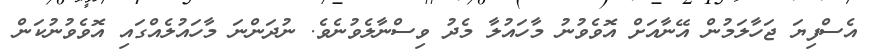
އެސްފިޔަ ޖަހާލަމުން އޭނާއަށް އޮވެވުނު މާހައުލާ މެދު ވިސްނާލެވުނެވެ. ނުދަންނަ މާހައުލެއްގައި އޮވެވުނުކަން